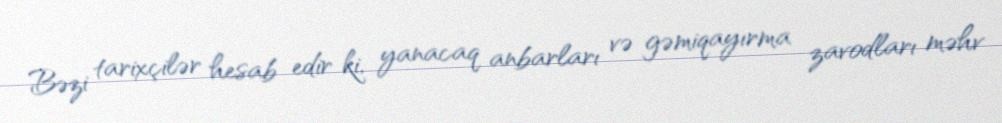
Bəzi tarixçilər hesab edir ki, yanacaq anbarları və gəmiqayırma zavodları məhv